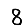
Digit: 8